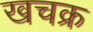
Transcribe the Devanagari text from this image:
खचक्र